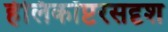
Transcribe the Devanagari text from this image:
हेलिकॉप्टरसदृश